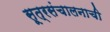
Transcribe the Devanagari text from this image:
सूत्रसंचालनाची